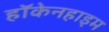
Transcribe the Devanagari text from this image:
हॉकेनहाइम